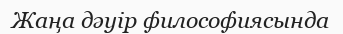
Жаңа дәуір философиясында